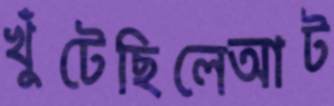
খুঁটেছিলেআট